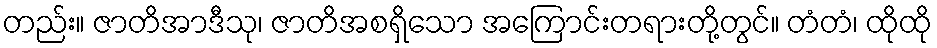
တည်း။ ဇာတိအာဒီသု၊ ဇာတိအစရှိသော အကြောင်းတရားတို့တွင်။ တံတံ၊ ထိုထို